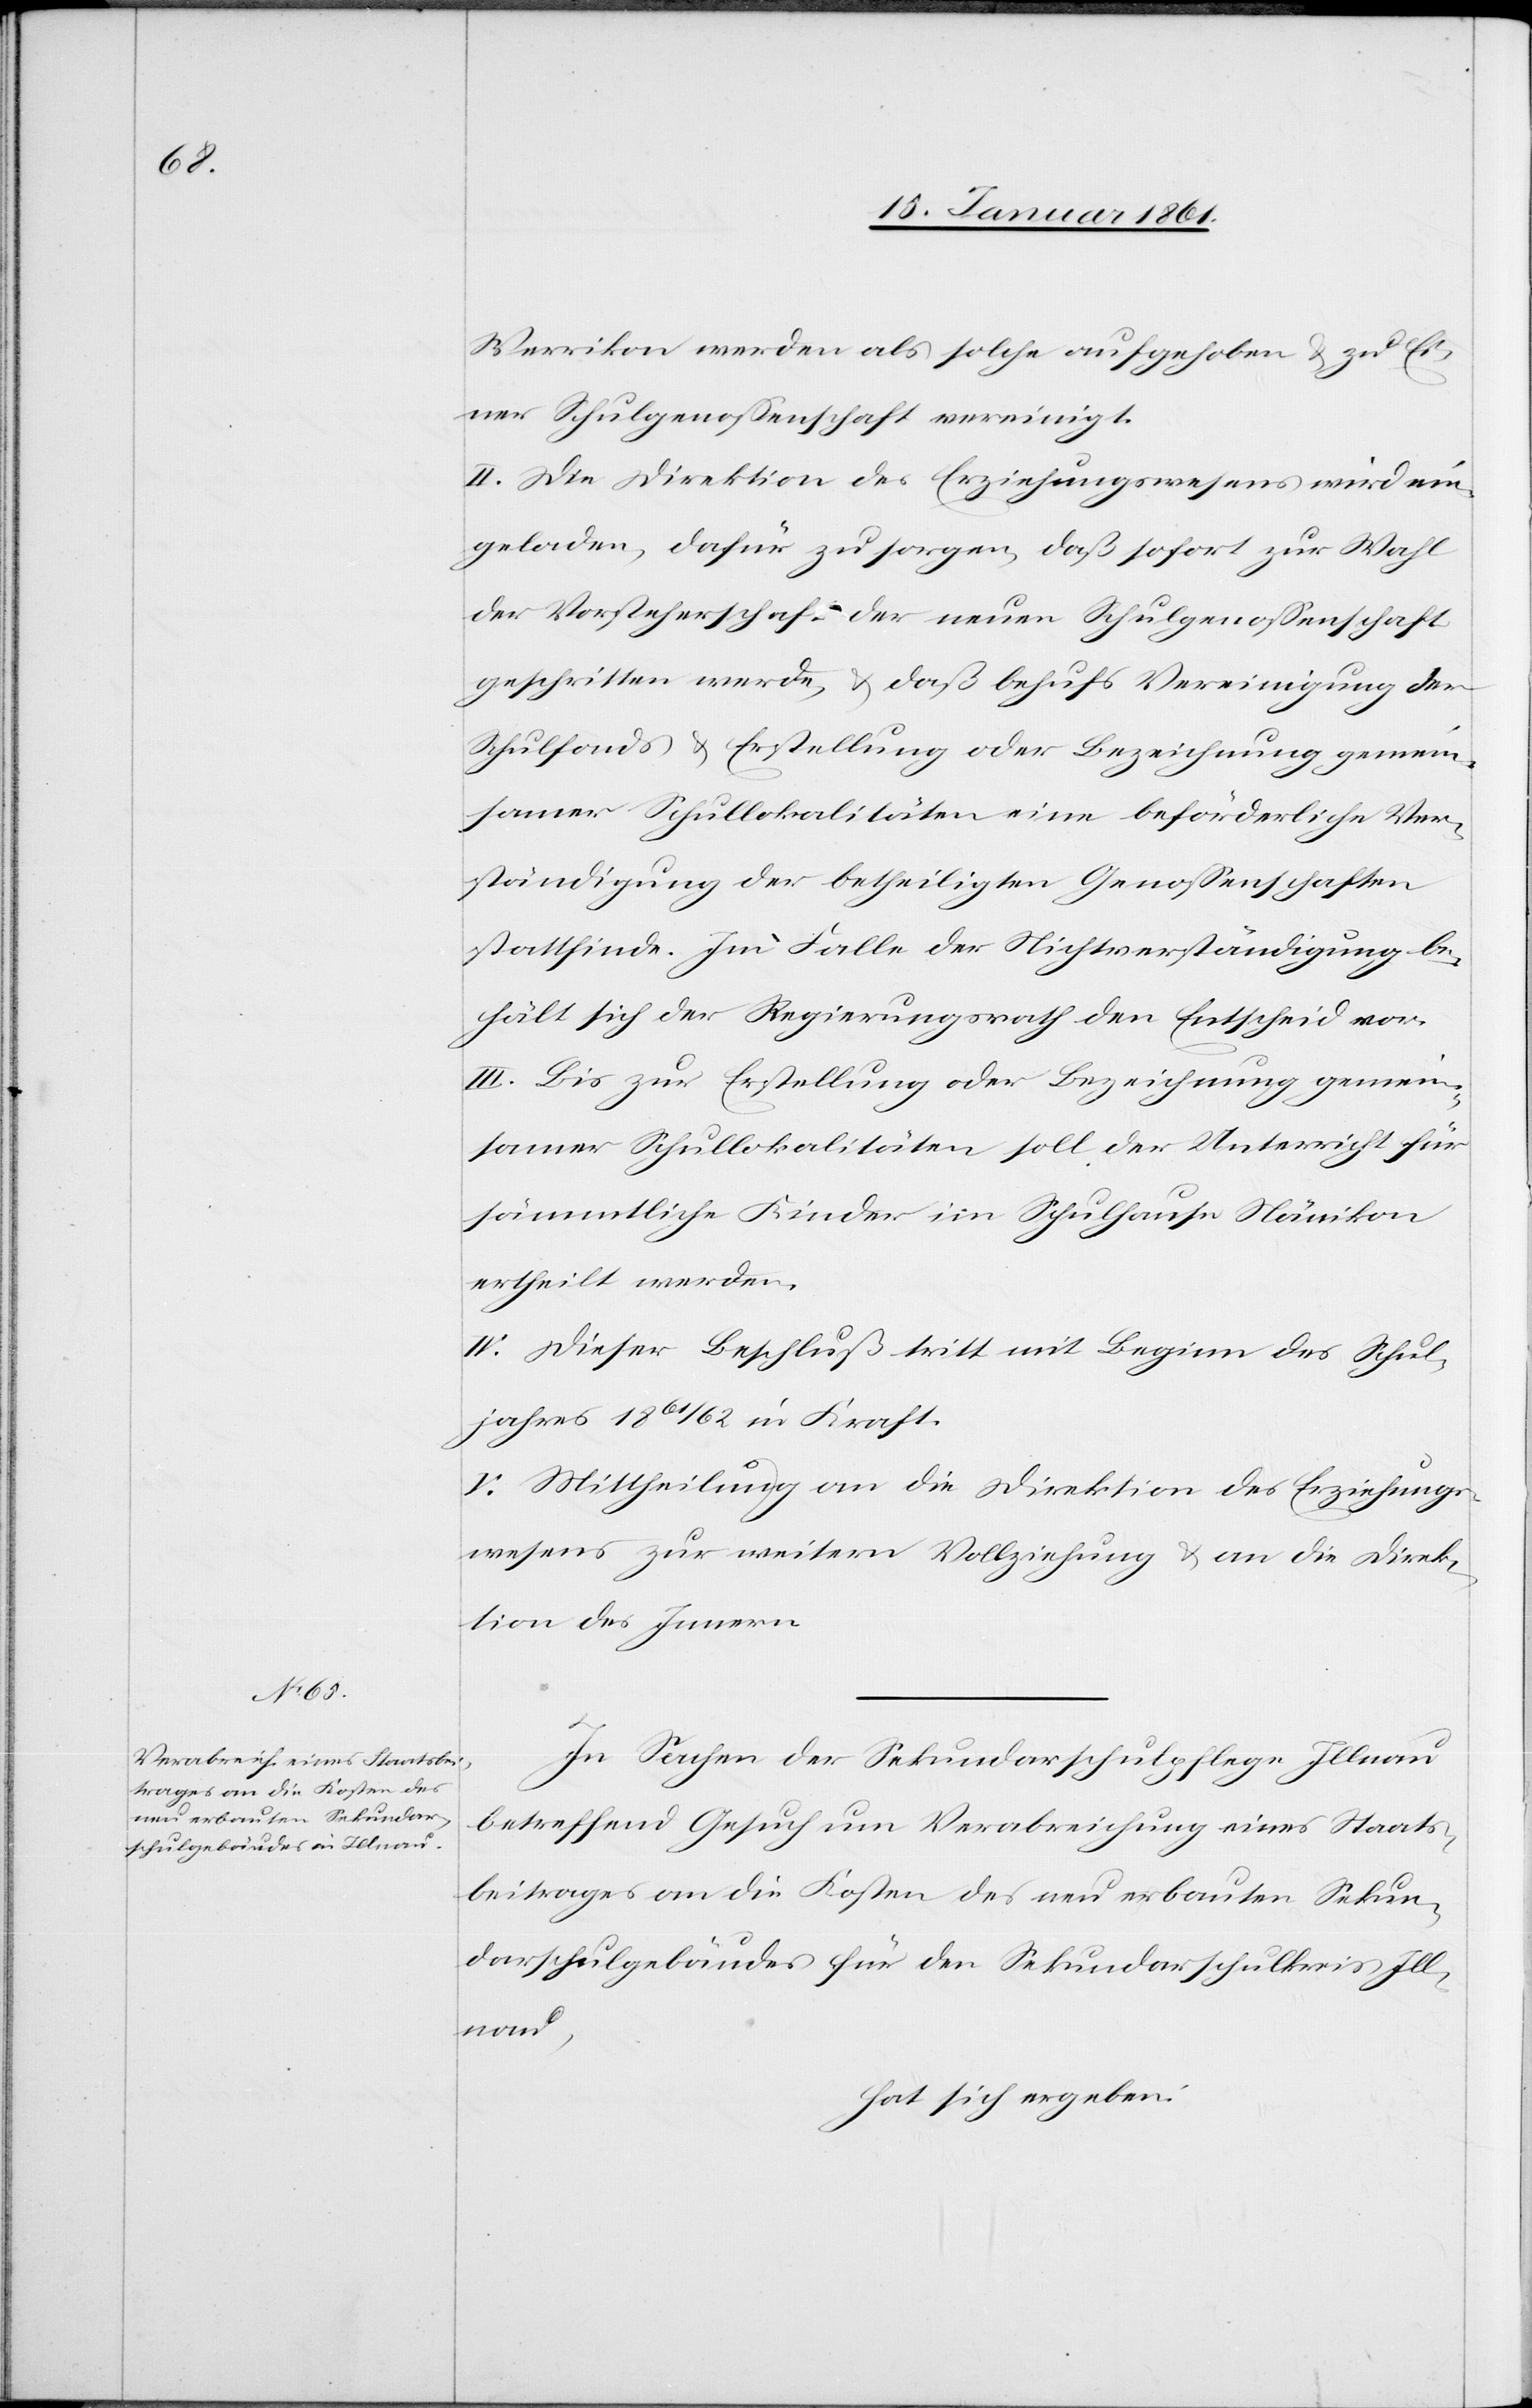
Werrikon werden als solche aufgehoben u. zu Ei¬
ner Schulgenossenschaft vereinigt.
II. Die Direktion des Erziehungswesens wird ein¬
geladen, dafür zu sorgen, daß sofort zur Wahl
der Vorsteherschaft der neuen Schulgenossenschaft
geschritten werde, u. daß behufs Vereinigung der
Schulfonds u. Erstellung oder Bezeichnung gemein¬
samer Schullokalitäten eine beförderliche Ver¬
ständigung der betheiligten Genossenschaften
stattfinde. Im Falle der Nichtverständigung be¬
hält sich der Regierungsrath den Entscheid vor.
III. Bis zur Erstellung oder Bezeichnung gemein¬
samer Schullokalitäten soll der Unterricht für
sämmtliche Kinder im Schulhause Nänikon
ertheilt werden.
IV. Dieser Beschluß tritt mit Beginn des Schul¬
jahres 1861/62 in Kraft.
V. Mittheilung an die Direktion des Erziehungs¬
wesens zur weitern Vollziehung u. an die Direk¬
tion des Innern.
In Sachen der Sekundarschulpflege Illnau
betreffend Gesuch um Verabreichung eines Staats¬
beitrages an die Kosten des neu erbauten Sekun¬
darschulgebäudes für den Sekundarschulkreis Ill¬
nau,
hat sich ergeben: